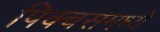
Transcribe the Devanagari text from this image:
पिक्चर्समध्ये